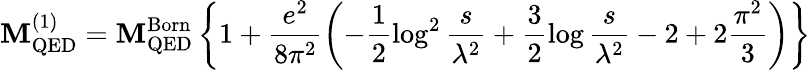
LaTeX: {\cal\mathbf{M}}_{\mathrm{{QED}}}^{(1)}={\cal\mathbf{M}}_{\mathrm{{QED}}}^{\mathrm{{Born}}}\left\{ 1+\frac{{e^{2}}}{{8\pi^{2}}}\left(-\frac{{1}}{{2}}\log^{2}\frac{{s}}{{\lambda^{2}}}+\frac{{3}}{{2}}\log\frac{{s}}{{\lambda^{2}}}-2+2\frac{{\pi^{2}}}{{3}}\right)\right\}